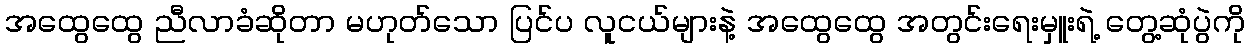
အထွေထွေ ညီလာခံဆိုတာ မဟုတ်သော ပြင်ပ လူငယ်များနဲ့ အထွေထွေ အတွင်းရေးမှူးရဲ့ တွေ့ဆုံပွဲကို